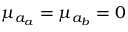
\mu _ { a _ { a } } = \mu _ { a _ { b } } = 0